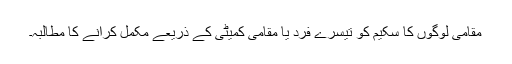
مقامی لوگوں کا سکیم کو تیسرے فرد یا مقامی کمیٹی کے ذریعے مکمل کرانے کا مطالبہ۔